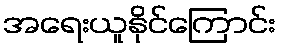
အရေးယူနိုင်ကြောင်း